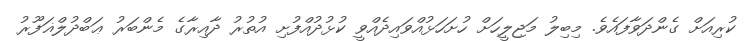
ކުރިއަށް ގެންދަވާފައެވެ. މިބިލު މަޖިލީހަށް ހުށަހަޅުއްވައިދެއްވީ ކުޅުދުއްފުށި އުތުރު ދާއިރާގެ މެންބަރު ޢަބްދުލްޣަފޫރު